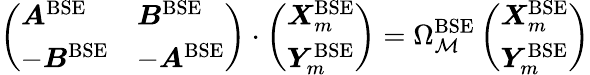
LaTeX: \left(\begin{array}{ll}{\boldsymbol{A}^{\mathrm{BSE}}}&{\boldsymbol{B}^{\mathrm{BSE}}}\\ {-\boldsymbol{B}^{\mathrm{BSE}}}&{-\boldsymbol{A}^{\mathrm{BSE}}}\end{array}\right)\cdot\left(\begin{array}{l}{\boldsymbol{X}_{m}^{\mathrm{BSE}}}\\ {\boldsymbol{Y}_{m}^{\mathrm{BSE}}}\end{array}\right)=\Omega_{\mathcal{M}}^{\mathrm{{BSE}}}\left(\begin{array}{l}{\boldsymbol{X}_{m}^{\mathrm{BSE}}}\\ {\boldsymbol{Y}_{m}^{\mathrm{BSE}}}\end{array}\right)